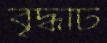
বৃদ্ধটি